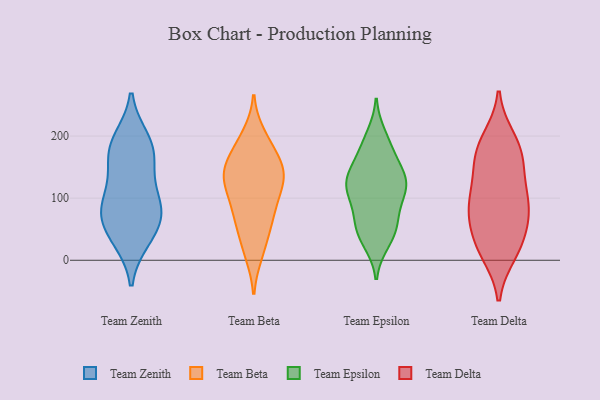
{"axis": {"x": "LTV (USD)", "y": "Value"}, "legend": ["Team Beta", "Team Delta", "Team Epsilon", "Team Zenith"], "data": [{"x": "", "y": 135, "type": "Team Zenith"}, {"x": "", "y": 188, "type": "Team Zenith"}, {"x": "", "y": 91, "type": "Team Zenith"}, {"x": "", "y": 96, "type": "Team Zenith"}, {"x": "", "y": 77, "type": "Team Zenith"}, {"x": "", "y": 194, "type": "Team Zenith"}, {"x": "", "y": 34, "type": "Team Zenith"}, {"x": "", "y": 61, "type": "Team Zenith"}, {"x": "", "y": 79, "type": "Team Zenith"}, {"x": "", "y": 167, "type": "Team Zenith"}, {"x": "", "y": 172, "type": "Team Zenith"}, {"x": "", "y": 37, "type": "Team Zenith"}, {"x": "", "y": 18, "type": "Team Beta"}, {"x": "", "y": 115, "type": "Team Beta"}, {"x": "", "y": 200, "type": "Team Beta"}, {"x": "", "y": 150, "type": "Team Beta"}, {"x": "", "y": 78, "type": "Team Beta"}, {"x": "", "y": 155, "type": "Team Beta"}, {"x": "", "y": 131, "type": "Team Beta"}, {"x": "", "y": 143, "type": "Team Beta"}, {"x": "", "y": 190, "type": "Team Beta"}, {"x": "", "y": 180, "type": "Team Beta"}, {"x": "", "y": 52, "type": "Team Beta"}, {"x": "", "y": 73, "type": "Team Beta"}, {"x": "", "y": 99, "type": "Team Beta"}, {"x": "", "y": 65, "type": "Team Beta"}, {"x": "", "y": 12, "type": "Team Beta"}, {"x": "", "y": 127, "type": "Team Beta"}, {"x": "", "y": 145, "type": "Team Beta"}, {"x": "", "y": 132, "type": "Team Beta"}, {"x": "", "y": 39, "type": "Team Epsilon"}, {"x": "", "y": 136, "type": "Team Epsilon"}, {"x": "", "y": 122, "type": "Team Epsilon"}, {"x": "", "y": 200, "type": "Team Epsilon"}, {"x": "", "y": 114, "type": "Team Epsilon"}, {"x": "", "y": 183, "type": "Team Epsilon"}, {"x": "", "y": 112, "type": "Team Epsilon"}, {"x": "", "y": 112, "type": "Team Epsilon"}, {"x": "", "y": 138, "type": "Team Epsilon"}, {"x": "", "y": 185, "type": "Team Epsilon"}, {"x": "", "y": 121, "type": "Team Epsilon"}, {"x": "", "y": 42, "type": "Team Epsilon"}, {"x": "", "y": 155, "type": "Team Epsilon"}, {"x": "", "y": 141, "type": "Team Epsilon"}, {"x": "", "y": 58, "type": "Team Epsilon"}, {"x": "", "y": 30, "type": "Team Epsilon"}, {"x": "", "y": 59, "type": "Team Epsilon"}, {"x": "", "y": 70, "type": "Team Epsilon"}, {"x": "", "y": 94, "type": "Team Epsilon"}, {"x": "", "y": 12, "type": "Team Delta"}, {"x": "", "y": 152, "type": "Team Delta"}, {"x": "", "y": 195, "type": "Team Delta"}, {"x": "", "y": 186, "type": "Team Delta"}, {"x": "", "y": 28, "type": "Team Delta"}, {"x": "", "y": 90, "type": "Team Delta"}, {"x": "", "y": 66, "type": "Team Delta"}, {"x": "", "y": 39, "type": "Team Delta"}, {"x": "", "y": 161, "type": "Team Delta"}, {"x": "", "y": 88, "type": "Team Delta"}, {"x": "", "y": 123, "type": "Team Delta"}, {"x": "", "y": 173, "type": "Team Delta"}, {"x": "", "y": 94, "type": "Team Delta"}, {"x": "", "y": 84, "type": "Team Delta"}, {"x": "", "y": 16, "type": "Team Delta"}]}